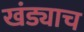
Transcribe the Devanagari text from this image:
खंड्याच